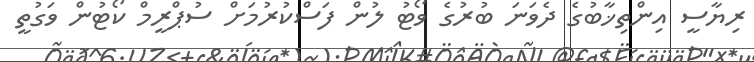
ރިޔާސީ އިންތިޚާބުގެ ދެވަނަ ބުރުގެ ވޯޓު ލުން ފަސްކުރުމަށް ސުޕްރީމް ކޯޓުން ވަގުތީ